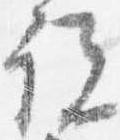
説